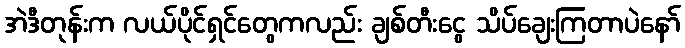
အဲဒီတုန်းက လယ်ပိုင်ရှင်တွေကလည်း ချစ်တီးငွေ သိပ်ချေးကြတာပဲနော်